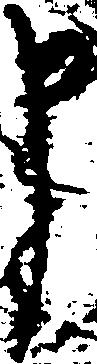
申